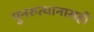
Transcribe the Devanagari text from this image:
पुनरुत्थानासही